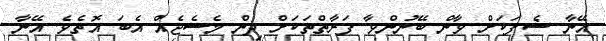
އޭނާ ޝެފަކަށް ވާން ބޭނުންވާ ފަރާތްތަކަށް ދިން މެސެޖެއް އެބަ އޮތެވެ. އޭނާ